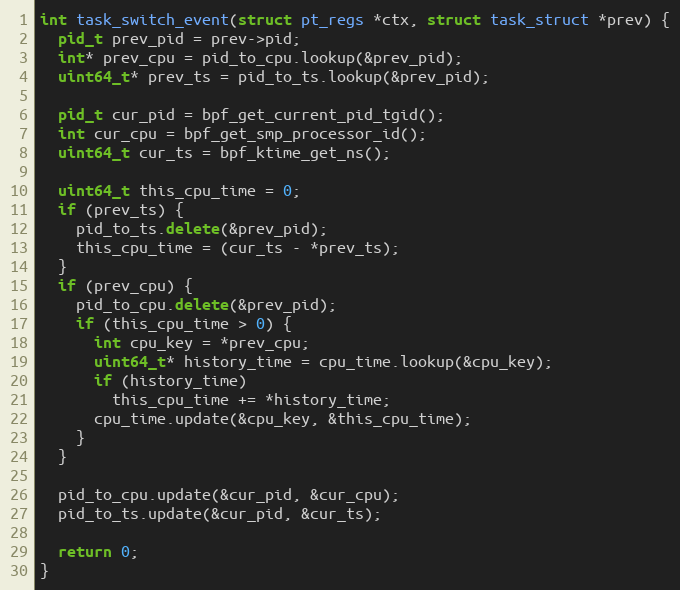
Language: C++
int task_switch_event(struct pt_regs *ctx, struct task_struct *prev) {
  pid_t prev_pid = prev->pid;
  int* prev_cpu = pid_to_cpu.lookup(&prev_pid);
  uint64_t* prev_ts = pid_to_ts.lookup(&prev_pid);

  pid_t cur_pid = bpf_get_current_pid_tgid();
  int cur_cpu = bpf_get_smp_processor_id();
  uint64_t cur_ts = bpf_ktime_get_ns();

  uint64_t this_cpu_time = 0;
  if (prev_ts) {
    pid_to_ts.delete(&prev_pid);
    this_cpu_time = (cur_ts - *prev_ts);
  }
  if (prev_cpu) {
    pid_to_cpu.delete(&prev_pid);
    if (this_cpu_time > 0) {
      int cpu_key = *prev_cpu;
      uint64_t* history_time = cpu_time.lookup(&cpu_key);
      if (history_time)
        this_cpu_time += *history_time;
      cpu_time.update(&cpu_key, &this_cpu_time);
    }
  }

  pid_to_cpu.update(&cur_pid, &cur_cpu);
  pid_to_ts.update(&cur_pid, &cur_ts);

  return 0;
}